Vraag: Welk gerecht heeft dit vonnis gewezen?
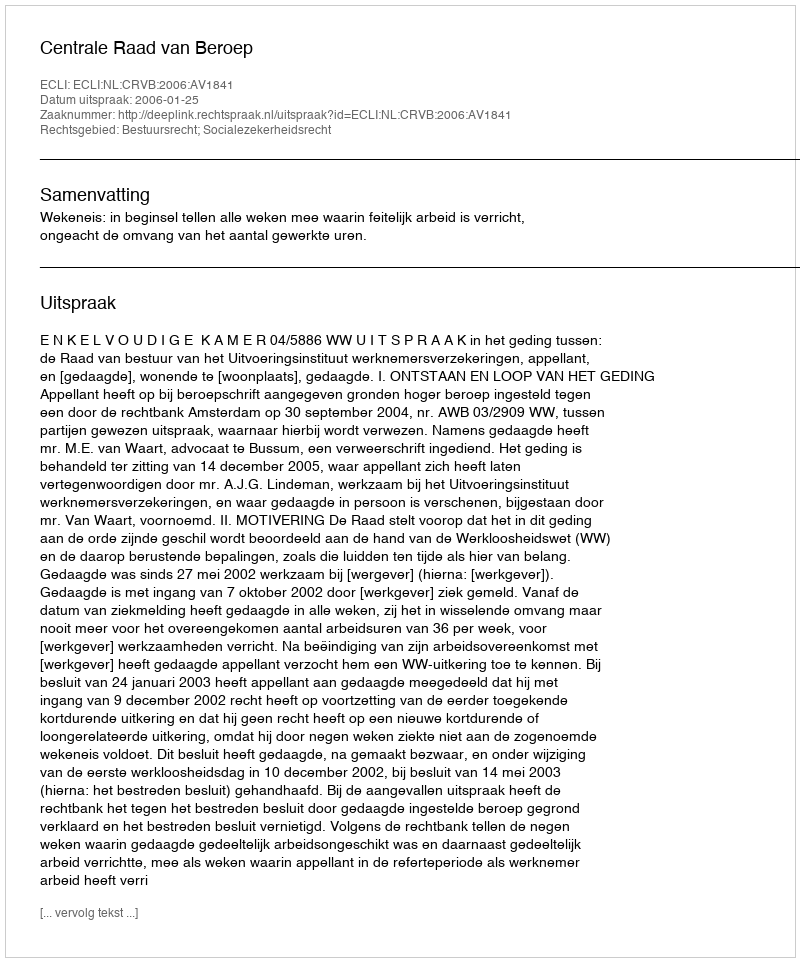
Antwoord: Centrale Raad van Beroep